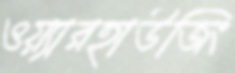
ওয়্যারহাউজিং